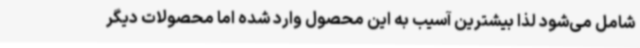
شامل می‌شود لذا بیشترین آسیب به این محصول وارد شده اما محصولات دیگر